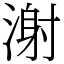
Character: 㴬